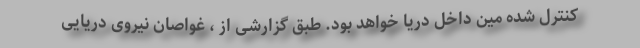
کنترل شده مین داخل دریا خواهد بود. طبق گزارشی از ، غواصان نیروی دریایی